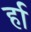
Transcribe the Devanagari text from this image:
र्हा